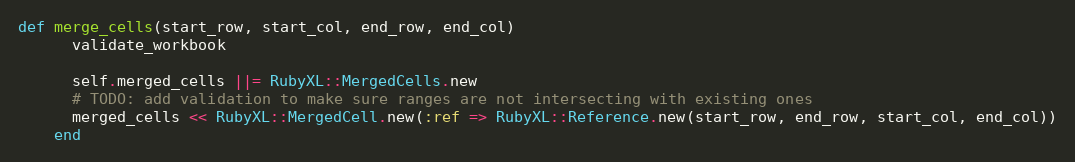
Language: Ruby
def merge_cells(start_row, start_col, end_row, end_col)
      validate_workbook

      self.merged_cells ||= RubyXL::MergedCells.new
      # TODO: add validation to make sure ranges are not intersecting with existing ones
      merged_cells << RubyXL::MergedCell.new(:ref => RubyXL::Reference.new(start_row, end_row, start_col, end_col))
    end